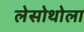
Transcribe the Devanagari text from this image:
लेसोथोला